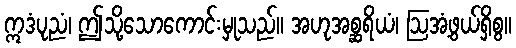
ဣဒံပုညံ၊ ဤသို့သောကောင်းမှုသည်။ အဟုအစ္ဆရိယံ၊ ဩအံ့ဖွယ်ရှိစွ။